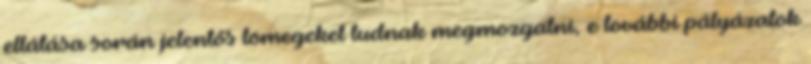
ellátása során jelentős tömegeket tudnak megmozgatni, e további pályázatok